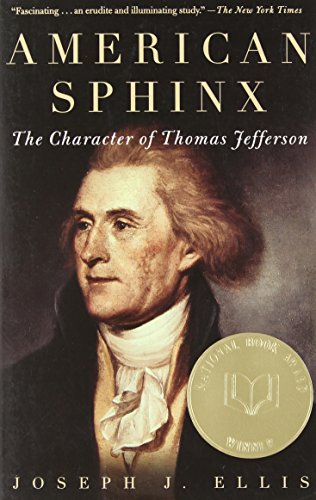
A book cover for American Sphinx: The Character of Thomas Jefferson; Joseph J. Ellis; Biographies & Memoirs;